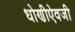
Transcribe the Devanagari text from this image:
धोणीऐवजी